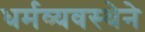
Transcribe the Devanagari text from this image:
धर्मव्यवस्थेने